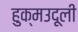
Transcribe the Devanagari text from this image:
हुक्मउदूली